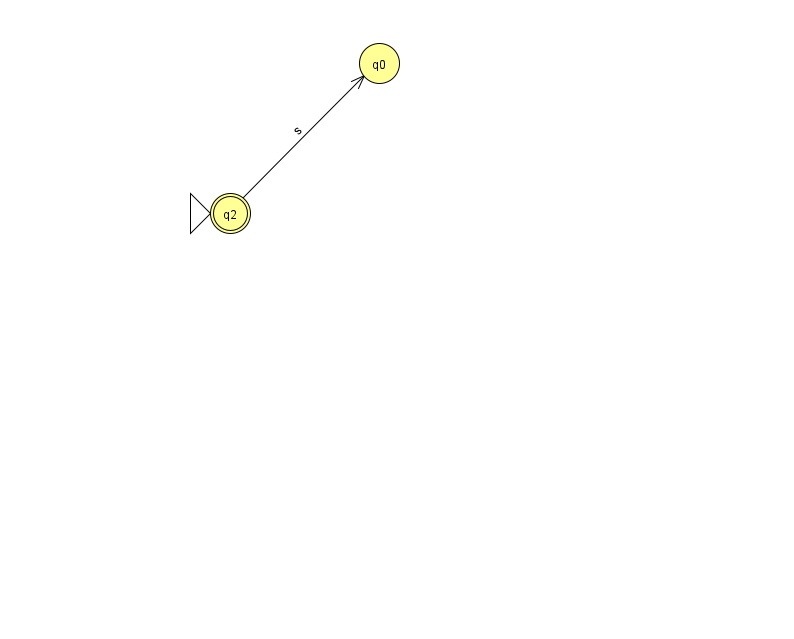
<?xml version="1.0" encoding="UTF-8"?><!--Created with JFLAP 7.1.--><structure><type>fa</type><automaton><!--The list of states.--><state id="0" name="q0"><x>379.0</x><y>50.0</y></state><state id="2" name="q2"><x>230.0</x><y>200.0</y><initial/><final/></state><!--The list of transitions.--><transition><from>2</from><to>0</to><read>s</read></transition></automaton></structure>